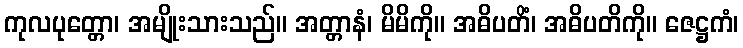
ကုလပုတ္တော၊ အမျိုးသားသည်။ အတ္တာနံ၊ မိမိကို။ အဓိပတိံ၊ အဓိပတိကို။ ဇေဋ္ဌကံ၊